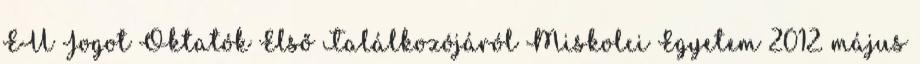
EU Jogot Oktatók Első Találkozójáról Miskolci Egyetem 2012. május